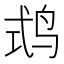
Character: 𪉅